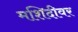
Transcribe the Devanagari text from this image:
मशिदीवर